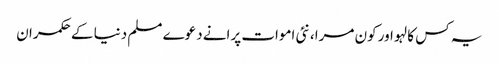
یہ کس کا لہو اور کون مرا، نئی اموات پرانے دعوے‎	 مسلم دنیا کے حکمران